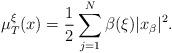
LaTeX: \begin{align*} \mu_T^\xi(x) = \frac{1}{2} \sum_{j=1}^N \beta(\xi) |x_\beta|^2. \end{align*}